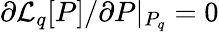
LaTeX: \partial\mathcal{L}_{q}[P]/\partial P|_{P_{q}}=0